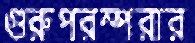
গুরুপরম্পরার